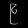
Digit: ၉